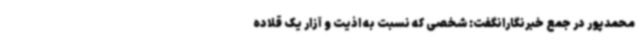
محمدپور در جمع خبرنگارانگفت: شخصی که نسبت به اذیت و آزار یک قلاده